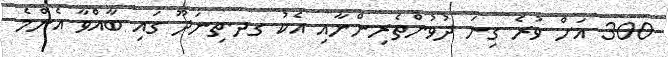
300 އަށް ވުރެ ގިނަ ދުވުންތެރިންނާއި އެކު ގދ.ތިނަދޫ ގައި ބާއްވާ އެންމެ